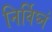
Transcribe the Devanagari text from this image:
निर्विघ्नं